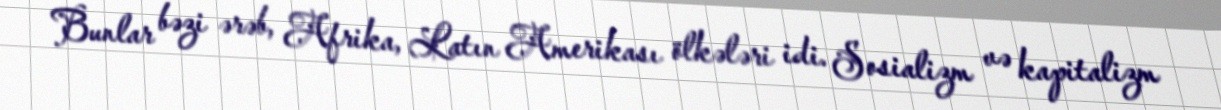
Bunlar bəzi ərəb, Afrika, Latın Amerikası ölkələri idi. Sosializm və kapitalizm